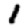
Digit: 1